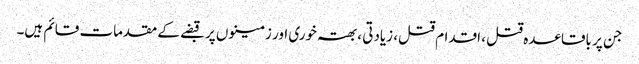
جن پر باقاعدہ قتل ، اقدام قتل، زیادتی ،بھتہ خوری اور زمینوں پر قبضے کے مقدمات قائم ہیں۔